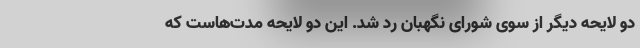
دو لایحه دیگر از سوی شورای نگهبان رد شد. این دو لایحه مدت‌هاست که